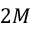
2 M